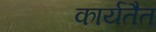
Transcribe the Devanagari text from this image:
कार्यतैत